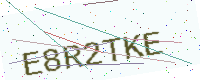
Text: E8R2TKE